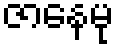
ဇာနေမု